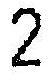
2